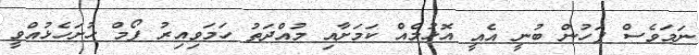
ނަމަވެސް ފަހުން ބުނީ އެއީ އޮޅުމެއް ކަމަށާއި މުއްދަތު ހަމަވިއިރު ފޯމް ހުށަހެޅުއްވީ